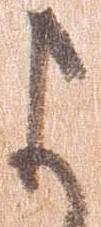
よ